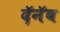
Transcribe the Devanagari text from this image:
दॅनॅब